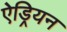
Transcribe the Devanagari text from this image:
ऐड्रियन